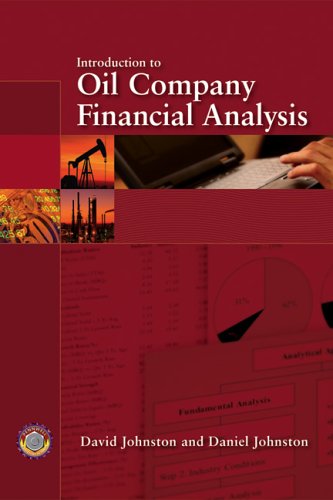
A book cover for Introduction to Oil Company Financial Analysis; David Johnston; Business & Money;